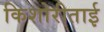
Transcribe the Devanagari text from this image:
किशोरीताई